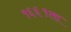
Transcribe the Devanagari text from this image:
१६६१ला